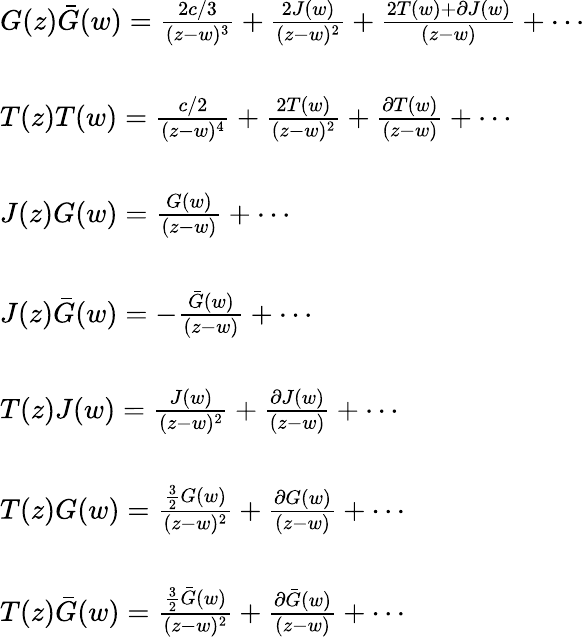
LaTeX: \begin{array}{l}{{G(z)\bar{G}(w)=\frac{2c/3}{(z-w)^{3}}+\frac{2J(w)}{(z-w)^{2}}+\frac{2T(w)+\partial J(w)}{(z-w)}+\cdots}}\\ {{\ }}\\ {{T(z)T(w)=\frac{c/2}{(z-w)^{4}}+\frac{2T(w)}{(z-w)^{2}}+\frac{\partial T(w)}{(z-w)}+\cdots}}\\ {{\ }}\\ {{J(z)G(w)=\frac{G(w)}{(z-w)}+\cdots}}\\ {{\ }}\\ {{J(z)\bar{G}(w)=-\frac{\bar{G}(w)}{(z-w)}+\cdots}}\\ {{\ }}\\ {{T(z)J(w)=\frac{J(w)}{(z-w)^{2}}+\frac{\partial J(w)}{(z-w)}+\cdots}}\\ {{\ }}\\ {{T(z)G(w)=\frac{\frac{3}{2}G(w)}{(z-w)^{2}}+\frac{\partial G(w)}{(z-w)}+\cdots}}\\ {{\ }}\\ {{T(z)\bar{G}(w)=\frac{\frac{3}{2}\bar{G}(w)}{(z-w)^{2}}+\frac{\partial\bar{G}(w)}{(z-w)}+\cdots}}\end{array}